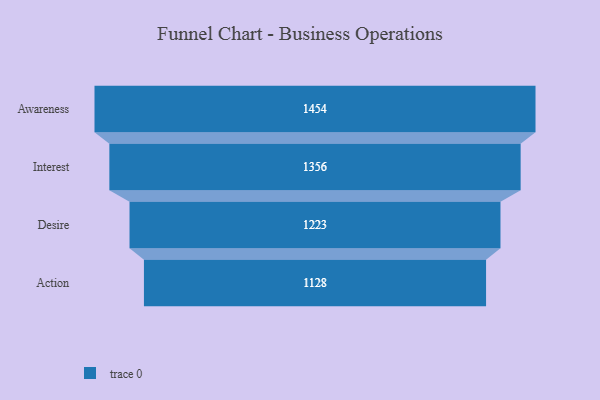
{"axis": {"x": "Stage", "y": "Value"}, "legend": [""], "data": [{"x": "Awareness", "y": 1454.0, "type": ""}, {"x": "Interest", "y": 1356.0, "type": ""}, {"x": "Desire", "y": 1223.0, "type": ""}, {"x": "Action", "y": 1128.0, "type": ""}]}